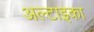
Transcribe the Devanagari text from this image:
अल्टाइका